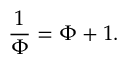
{ \frac { 1 } { \Phi } } = \Phi + 1 .